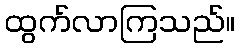
ထွက်လာကြသည်။